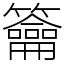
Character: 籥